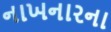
નાખનારના